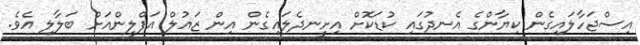
އިސްޖަހާލައިގެން ކިޔާންގެ އެނދުގައި ކުޑަކޮށް އިށީނދެލައިގެން އިން ޒައުލް އަފްލީންއަށް ބަލާލި އެވެ.